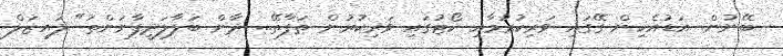
ބޭނުން. އަޑުއެހިން ގޭގައި ވަރިކުރުމާއި ކޯޓުގައި ވަރިކުރުން ތަފާތޭ... ދާން ބަލާލަދީފާނަންތަ" ލައިޒަލް